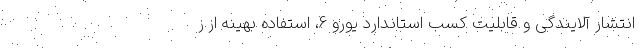
انتشار آلایندگی و قابلیت کسب استاندارد یورو 6، استفاده بهینه از ز